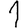
Digit: 1